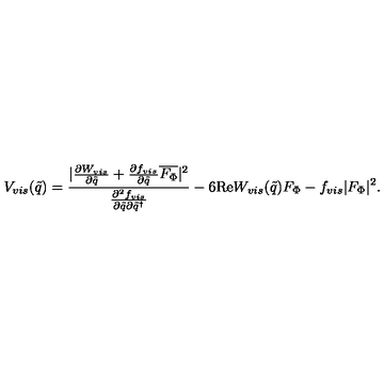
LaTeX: V _ { v i s } ( \tilde { q } ) = \frac { | \frac { \partial W _ { v i s } } { \partial \tilde { q } } + \frac { \partial f _ { v i s } } { \partial \tilde { q } } \overline { { F _ { \Phi } } } | ^ { 2 } } { \frac { \partial ^ { 2 } f _ { v i s } } { \partial \tilde { q } \partial \tilde { q } ^ { \dagger } } } - 6 \mathrm { R e } W _ { v i s } ( \tilde { q } ) F _ { \Phi } - f _ { v i s } | F _ { \Phi } | ^ { 2 } .